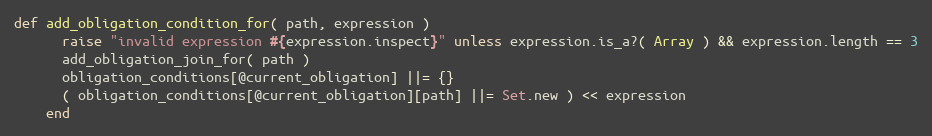
Language: Ruby
def add_obligation_condition_for( path, expression )
      raise "invalid expression #{expression.inspect}" unless expression.is_a?( Array ) && expression.length == 3
      add_obligation_join_for( path )
      obligation_conditions[@current_obligation] ||= {}
      ( obligation_conditions[@current_obligation][path] ||= Set.new ) << expression
    end